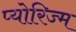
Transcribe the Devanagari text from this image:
प्योरिज्म